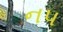
નપ